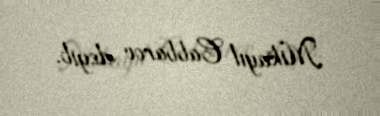
Mikayıl Cabbarov deyib.